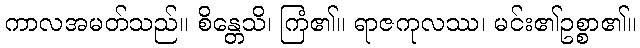
ကာလအမတ်သည်။ စိန္တေသိ၊ ကြံ၏။ ရာဇကုလဿ၊ မင်း၏ဥစ္စာ၏။